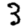
Digit: 3